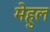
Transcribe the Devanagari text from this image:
मेहुल